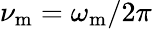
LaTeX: \nu_{\mathrm{m}}=\omega_{\mathrm{m}}/2\pi